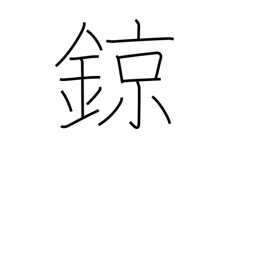
Meaning: kind of percussion instrument